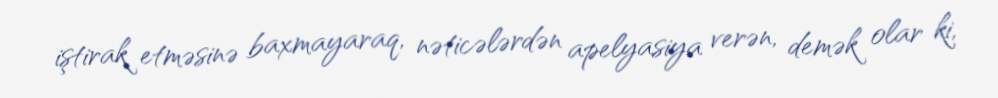
iştirak etməsinə baxmayaraq, nəticələrdən apelyasiya verən, demək olar ki,